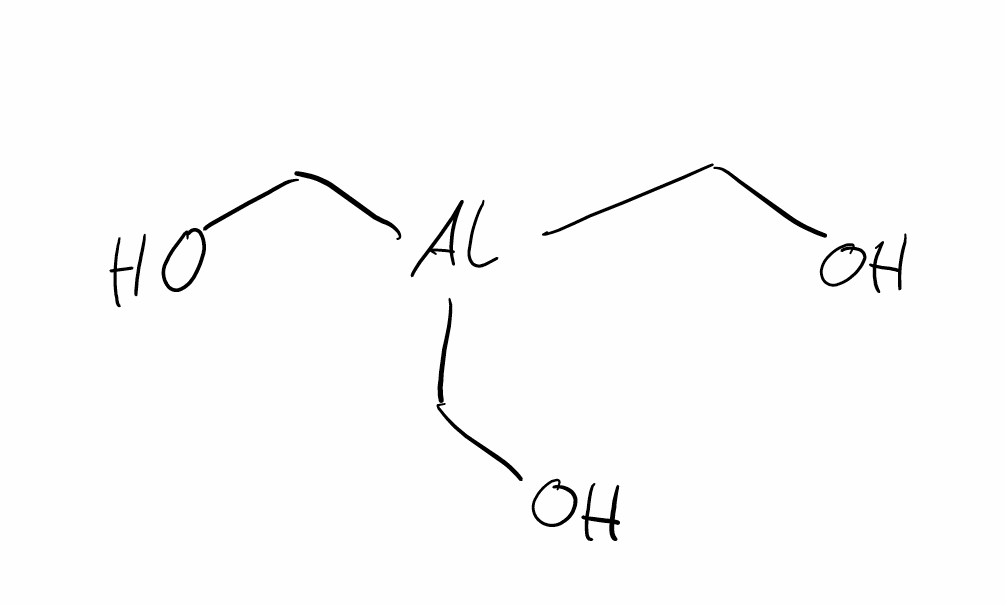
Simplified molecular-input line-entry system (SMILES) notation of the given molecule:
C(O)[Al](CO)CO